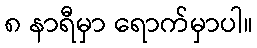
၈ နာရီမှာ ရောက်မှာပါ။